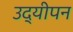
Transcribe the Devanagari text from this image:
उद्यीपन